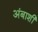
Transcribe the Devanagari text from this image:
अंबाशी